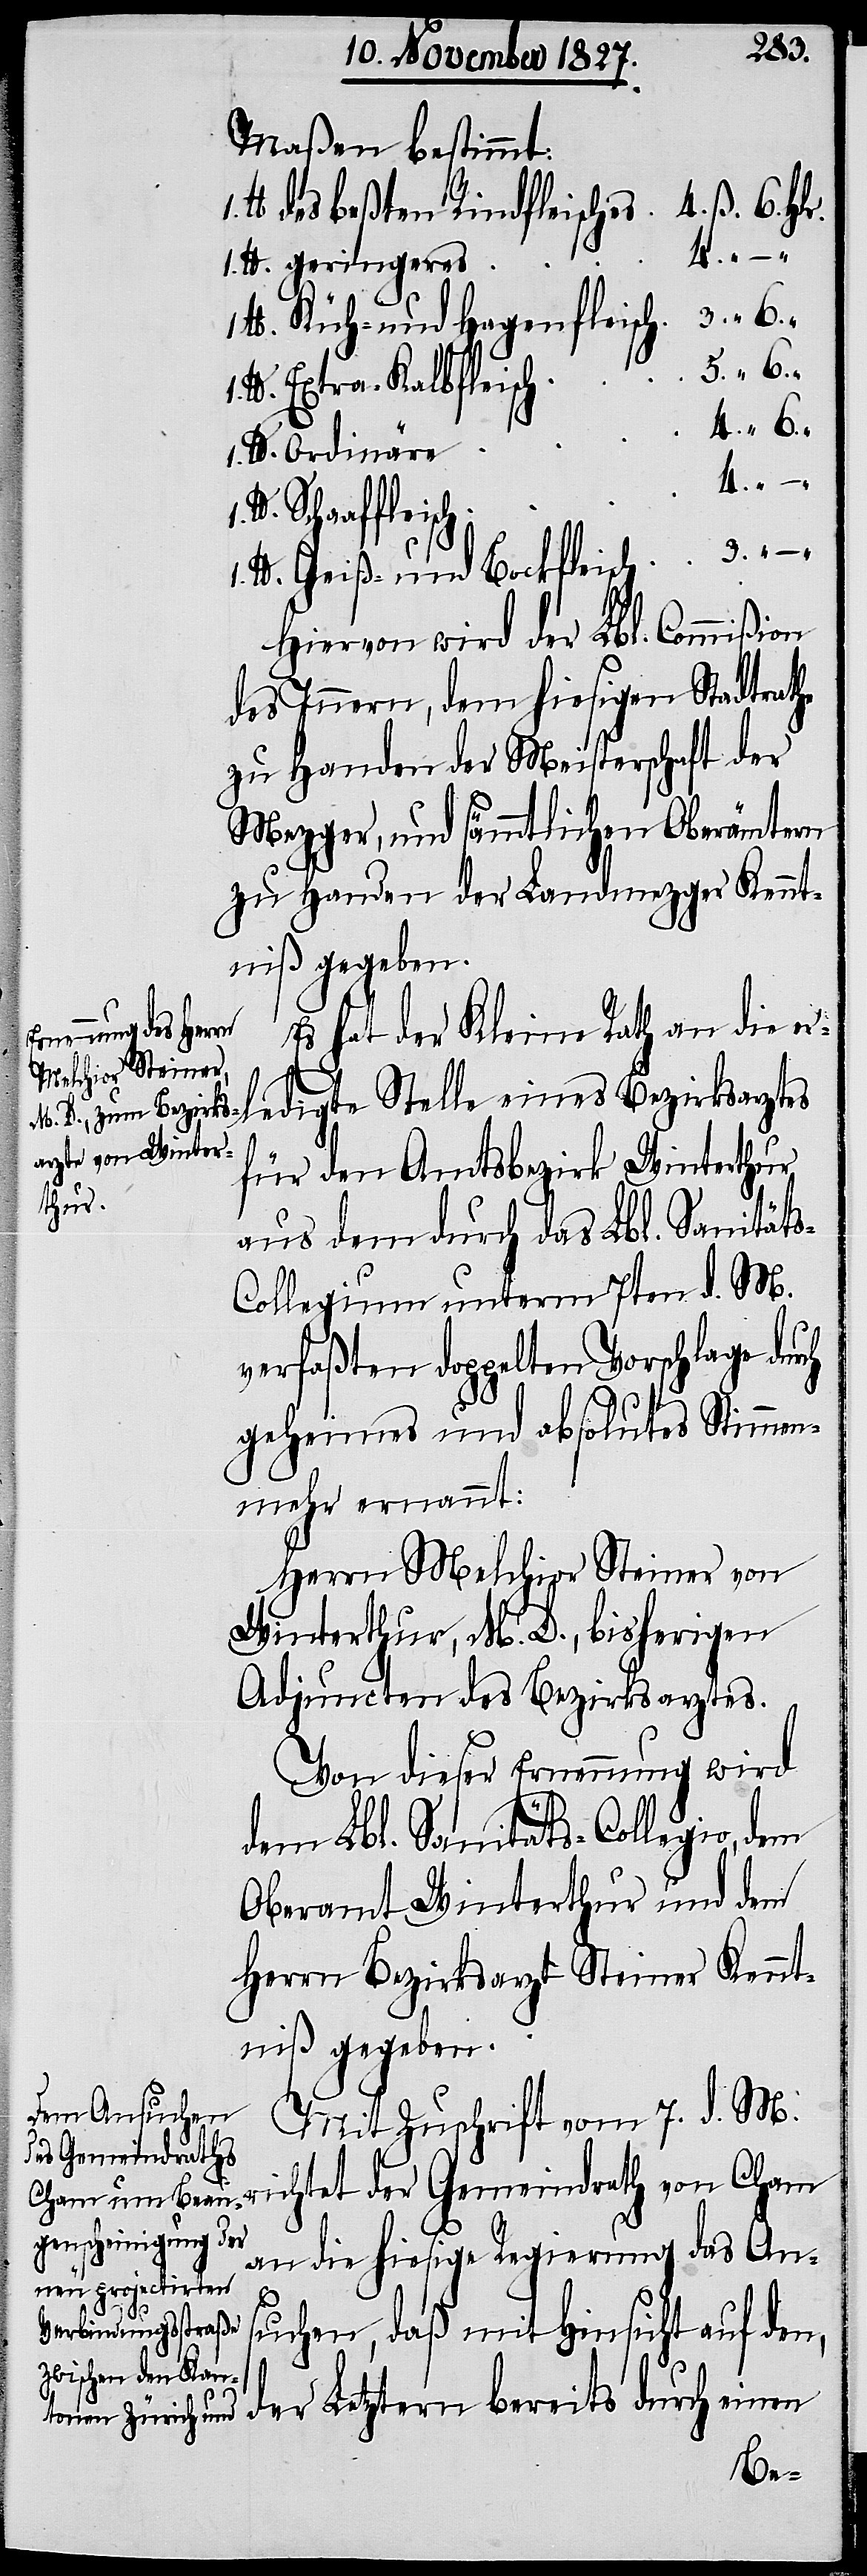
Es hat der Kleine Rath an die er¬
ledigte Stelle eines Bezirksarztes
für den Amtsbezirk Winterthur
aus dem durch das Lbl. Sanität¬
s-Collegium unterm 7ten d. M.
verfaßten doppelten Vorschlage durch
geheimes und absolutes Stimmen¬
mehr ernannt:
Herrn Melchior Steiner von
Winterthur, M. D., bisherigen
Adjuncten des Bezirksarztes.
Von dieser Ernennung wird
dem Lbl. Sanitäts-Collegio, dem
Oberamt Winterthur und dem
Herrn Bezirksarzt Steiner Kennt¬
niß gegeben.
Mit Zuschrift vom 7. d. M.
richtet der Gemeindrath von Cham
an die hiesige Regierung das An¬
suchen, daß mit Hinsicht auf den,
der Letztern bereits durch einen